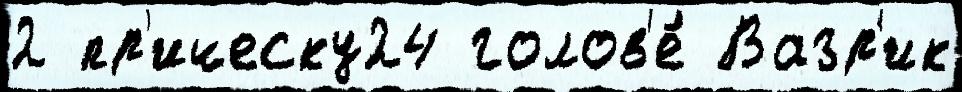
2 пр'ическу24 голов'е́ Вазр'ик